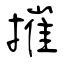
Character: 摧